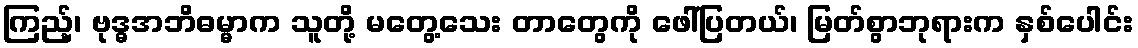
ကြည့်၊ ဗုဒ္ဓအဘိဓမ္မာက သူတို့ မတွေ့သေး တာတွေကို ဖေါ်ပြတယ်၊ မြတ်စွာဘုရားက နှစ်ပေါင်း